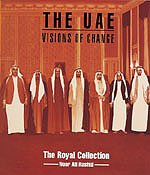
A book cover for The UAE: Visions of Change (Royal Collection); Noor Ali Rashid; History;